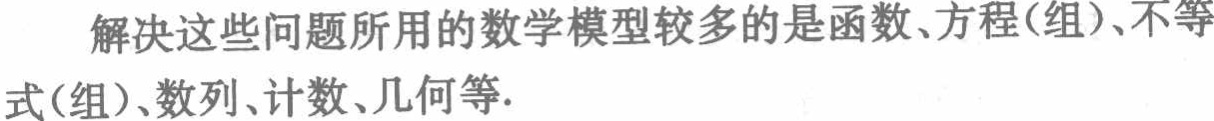
解决这些问题所用的数学模型较多的是函数、方程(组)、不等式(组)、数列、计数、几何等.